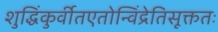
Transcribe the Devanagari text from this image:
शुद्धिंकुर्वीतएतोन्विंद्रेतिसूक्ततः